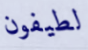
لطيفون